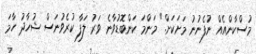
މުސްކާންއެއް ނުފެނުނު މަށަކަށް." މަންމަ ކަންބޮޑުވާނެ ވަރު ލަފާ ކުރެވުނަސް ޝުހާދު ހާމަ